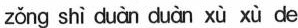
zǒng shì duàn duàn xù xù de